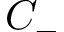
C _ { - }